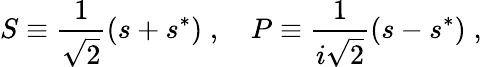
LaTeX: S\equiv\frac{1}{\sqrt{2}}(s+s^{*})\; ,~~~~P\equiv\frac{1}{i\sqrt{2}}(s-s^{*})\; ,